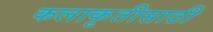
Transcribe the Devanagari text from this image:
कलाकृतीसाठी